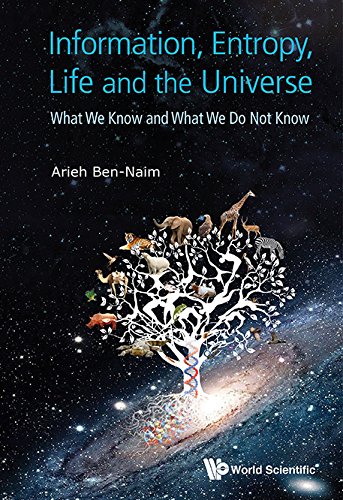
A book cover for Information, Entropy, Life and the Universe: What We Know and What We Do Not Know; Arieh Ben-Naim; Computers & Technology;